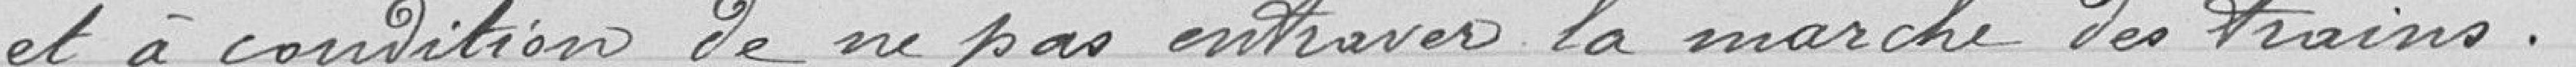
et à condition de ne pas entraver la marche des trains.